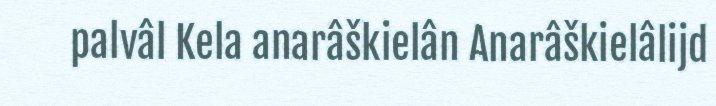
palvâl Kela anarâškielân Anarâškielâlijd